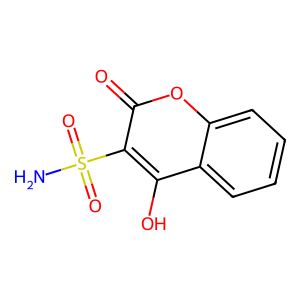
SMILES: NS(=O)(=O)c1c(O)c2ccccc2oc1=O
Inhibits HIV replication: No